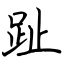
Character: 趾